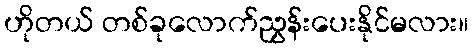
ဟိုတယ် တစ်ခုလောက်ညွှန်းပေးနိုင်မလား။